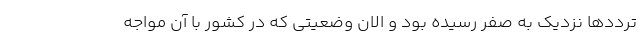
ترددها نزدیک به صفر رسیده بود و الان وضعیتی که در کشور با آن مواجه